King Institute of Preventive Medicine Micro-Biological Section reports 1909-11
Year: 1909
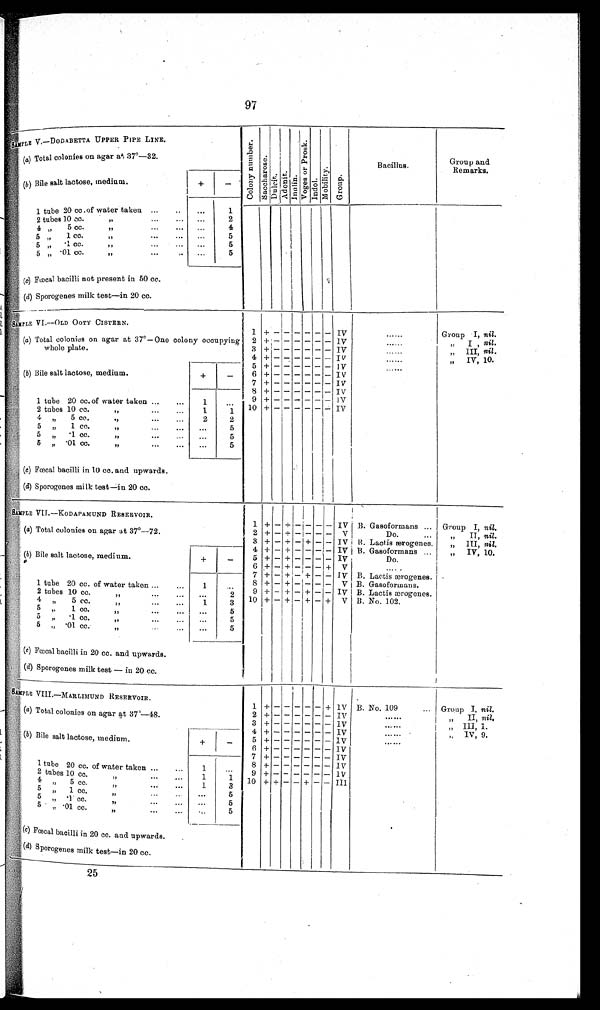
97
SAMPLE V. —DODAI3ETTA UPPER PIPE LINE.
C o l o n e l n u m b e r
S a c c h o r e s
D u l c i t
A d o n i t
Inul i n
V o g e s o r P r o s k
I n d o l M o b i l i t y G r o u p
Bacillus.
Group and
Remarks.
(a) Total colonies on agar at 37º—32.
(b ) Bile salt lactose, medium.
–
+
1
. . .
1 tube 20 cc .of water taken ....
2
2 t u b e s 1 0 c c . , , . . .
...
. . .
4
4,, cc.
,, ... ...
5
5 ,, 1 cc. ... ...
. . .
5
5 ,, .1 cc. ,, ...
...
5
5 „ .01 cc.
,, ... ...
(c) Fœcal bacilli not present in 50 cc.
(d) Sporogenes milk test—in 20 cc.
SAMPLE VI.--OLD OOTY CISTERN.
1 +
– – – – – –
IV
......
Group I, nil.
(a) Total colonies on agar at 37°—One colony occupying
whole plate.
2 + – – – – – – IV
......
,,
I , nil .
–
IV
3 + – – – – – –
. . . . .
„ III, n i l.
4 + – – – – – – IV
. . . . . .
,, IV, 10.
(b) Bile salt lactose, medium.
+
–
5 + – –
– – – IV
. . . . . .
–
6 + - – – – – IV
7 + – – – – –
IV
1 tube 20 cc. of water taken ...
...
1
...
8 + – – – – – – IV
9 + – – – – – – IV
10 + – – – – – – IV
2 tubes 10 cc.
...
. . .
2
4 ,, 5 cc. ,, ... ...
1
3
5
5 ,
1 cc.
,, ... ...
...
5 „ .1 cc.
,
5
...
5 „ .01 cc. ,, ... ...
5
...
(c) Fœcal bacilli in 10 cc. and upwards.
(d) Sporogenes milk test-in 20 cc.
SAMPLE VII.--KODAPAMUND RESERVOIR.
1 +
–
+ – – – – IV B. Gasoformans
Group I, nil.
(a) Total colonies on agar at 37°—72.
2 + – + – – – – V
Do.
...
„
II, nil.
3 + – + – + – – IV B. Lactis ærogenes.
„ III , n i l .
(b) Bile salt lactose, medium.
4 + – + – – – – IV B. Gasoformans ...
,, IV, 10.
+
–
5 + – + – – – – IV
Do.
6 + – + – – – + V
. . . . .
1 tube 20 cc. of water taken ...
...
1
. . .
'
7 + – + – ++ – – IV B. Lactic ærogenes.
8 + – + – – – – V B. Gasoformaus.
9 + – + – + – – IV I B. Lactis ærogenes.
2 tubes 10 cc.
...
...
1
1 0 + – + – + – +
V B. No. 102.
3
4 „
5 cc.
,, ...
...
. . .
5
5 „
1 cc.,,
... ...
5 „ .1 cc. ,,
... ..
. . .
5
5 ,,.01 cc. ,, ...
5
. . .
(
c ) F œ c a l b a c i l l i i n 2 0 c c .
a n d u p w a r d s .
(d) Sporogenes milk test — in 20 cc.
SAMPLE VIII.—MARLIMUND RESERVOIR.
1
+
–
–
– –
+ 1V B. No. 109
... Group I, nil.
(a) Total colonies on agar at 37 º — 4 8 .
2 + – – – – – – IV
. . . . . . „ II, nil.
3 + – – – – – – IV
......
„ III, 1.
(b) Bile salt lactose, medium
+
–
4 + – – – – – – IV
. . . . . .
IV, 9.
5 + – – – – – – IV
......
6 + – – – – – – IV
1 tube 20 cc. of water taken ...
.,.
7 + – – – – – – IV
1
...
8 + – – – – – –
I V
1
..1
9 + – – – – – – IV
2 tubes 10 cc.
,
...
...
1
3
10 + + – —+ – –
I I I
4 ,, 5 cc. ...
. . .
5
5 ,, 1 cc.,, ...
5 ,, .1 cc.,, ...
. . .
5
5 ,, .01 cc ,, ...
5
. . .
(c) Fœcal bacilli in 20 cc. and upwards.
(d) S porogenes milk test—in 20 cc.
25